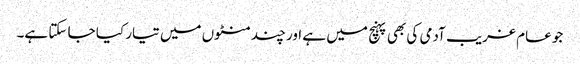
جو عام غریب آدمی کی بھی پہنچ میں ہے اور چند منٹوں میں تیار کیا جا سکتا ہے۔